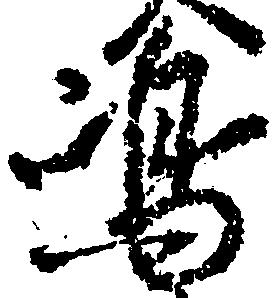
嶋